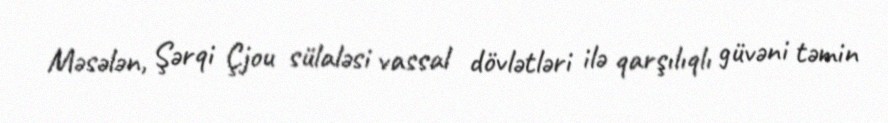
Məsələn, Şərqi Çjou sülaləsi vassal dövlətləri ilə qarşılıqlı güvəni təmin